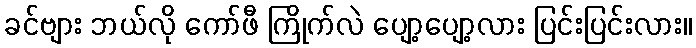
ခင်ဗျား ဘယ်လို ကော်ဖီ ကြိုက်လဲ ပျော့ပျော့လား ပြင်းပြင်းလား။